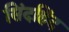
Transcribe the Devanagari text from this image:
सिंदहिंद